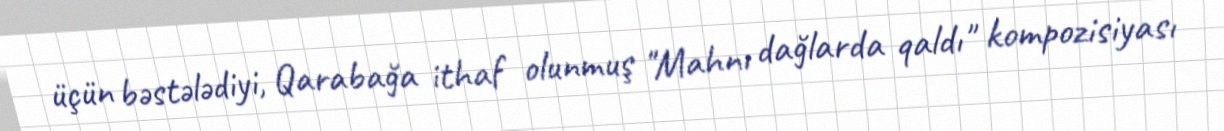
üçün bəstələdiyi, Qarabağa ithaf olunmuş "Mahnı dağlarda qaldı" kompozisiyası